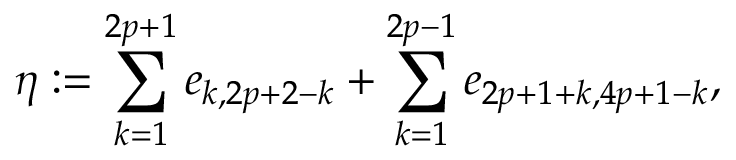
\eta : = \sum _ { k = 1 } ^ { 2 p + 1 } e _ { k , 2 p + 2 - k } + \sum _ { k = 1 } ^ { 2 p - 1 } e _ { 2 p + 1 + k , 4 p + 1 - k } ,